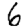
Digit: 6